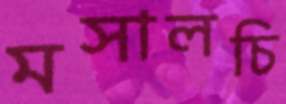
মসালচি